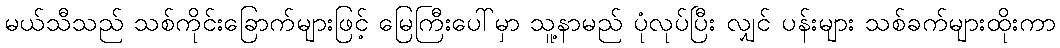
မယ်သီသည် သစ်ကိုင်းခြောက်များဖြင့် မြေကြီးပေါ်မှာ သူ့နာမည် ပုံလုပ်ပြီး လျှင် ပန်းများ သစ်ခက်များထိုးကာ